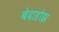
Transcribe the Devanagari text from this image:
बेदाहोझ